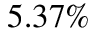
5 . 3 7 \%